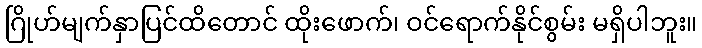
ဂြိုဟ်မျက်နှာပြင်ထိတောင် ထိုးဖောက်၊ ဝင်ရောက်နိုင်စွမ်း မရှိပါဘူး။